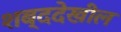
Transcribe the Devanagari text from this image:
शब्ददेखील